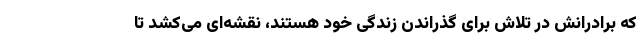
که برادرانش در تلاش برای گذراندن زندگی خود هستند، نقشه‌ای می‌کشد تا